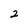
Character: 2